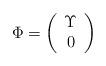
LaTeX: \begin{align*}\Phi=\left(\begin{array}{c}\Upsilon\\0\end{array}\right)\end{align*}